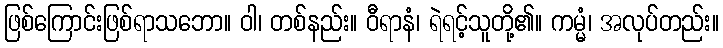
ဖြစ်ကြောင်းဖြစ်ရာသဘော။ ဝါ၊ တစ်နည်း။ ဝီရာနံ၊ ရဲရင့်သူတို့၏။ ကမ္မံ၊ အလုပ်တည်း။